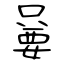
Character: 嘦